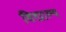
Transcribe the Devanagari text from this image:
विद्याल्य